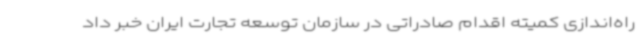
راه‌اندازی کمیته اقدام صادراتی در سازمان توسعه تجارت ایران خبر داد